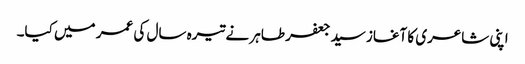
اپنی شاعری کا آغاز سید جعفر طاہر نے تیرہ سال کی عمر میں کیا۔